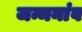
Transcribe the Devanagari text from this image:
जन्मनांव